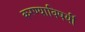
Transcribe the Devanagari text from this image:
करण्याविषयीं